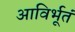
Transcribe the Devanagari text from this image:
आविर्भूतं